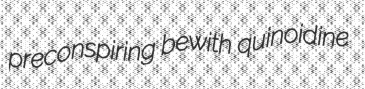
preconspiring bewith quinoidine